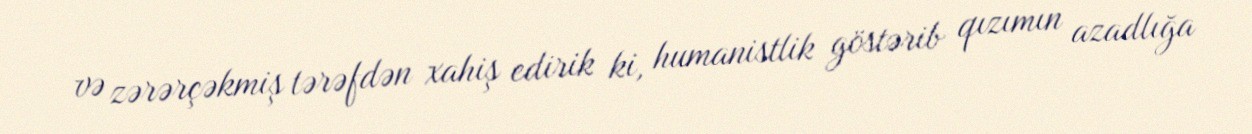
və zərərçəkmiş tərəfdən xahiş edirik ki, humanistlik göstərib qızımın azadlığa